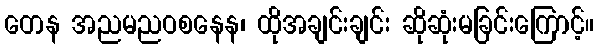
တေန အညမညဝစနေန၊ ထိုအချင်းချင်း ဆိုဆုံးမခြင်းကြောင့်။